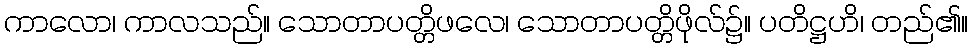
ကာလော၊ ကာလသည်။ သောတာပတ္တိဖလေ၊ သောတာပတ္တိဖိုလ်၌။ ပတိဋ္ဌဟိ၊ တည်၏။